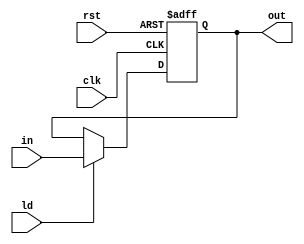
`timescale 1ns/1ns
module register #(parameter WIDTH = 25) (
    input clk,
    input rst,
    input ld,
    input [WIDTH-1:0] in,
    output reg [WIDTH-1:0] out
);

    always @(posedge clk, posedge rst) begin
        if(rst) begin
            out <= 0;
        end

        else if(ld) begin
            out <= in;
        end
        
    end

endmodule